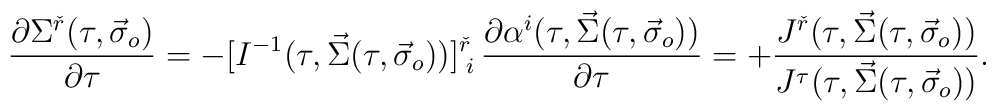
\frac{\partial\Sigma^{\check{r}}(\tau,\vec{\sigma}_o)}{\partial\tau} = -[I^{-1}(\tau,\vec{\Sigma}(\tau,\vec{\sigma}_o))]^{\check{r}}_{\;i}\,\frac{\partial\alpha^i(\tau,\vec{\Sigma}(\tau,\vec{\sigma}_o))}{\partial\tau}= + \frac{J^{\check{r}}(\tau,\vec{\Sigma}(\tau,\vec{\sigma}_o))}{J^\tau(\tau,\vec{\Sigma}(\tau,\vec{\sigma}_o))}.